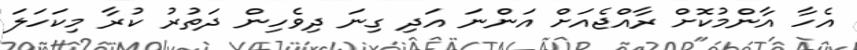
އެހާ އާންމުކޮށް ރާއްޖެއަށް އަންނަ އަދި ގިނަ ދިވެހިން ދަތުރު ކުރާ މިކަހަލަ